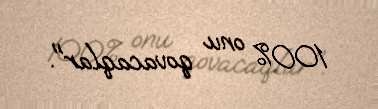
100% onu qovacaqlar".